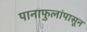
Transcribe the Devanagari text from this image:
पानाफुलांपासून